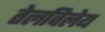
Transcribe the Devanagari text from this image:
तेलविलेय